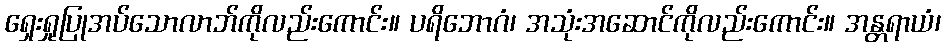
ရှေးရှုပြုအပ်သောလာဘ်ကိုလည်းကောင်း။ ပရိဘောဂံ၊ အသုံးအဆောင်ကိုလည်းကောင်း။ အန္တရာယံ၊